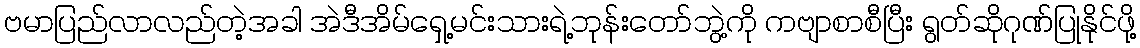
ဗမာပြည်လာလည်တဲ့အခါ အဲဒီအိမ်ရှေ့မင်းသားရဲ့ဘုန်းတော်ဘွဲ့ကို ကဗျာစာစီပြီး ရွတ်ဆိုဂုဏ်ပြုနိုင်ဖို့